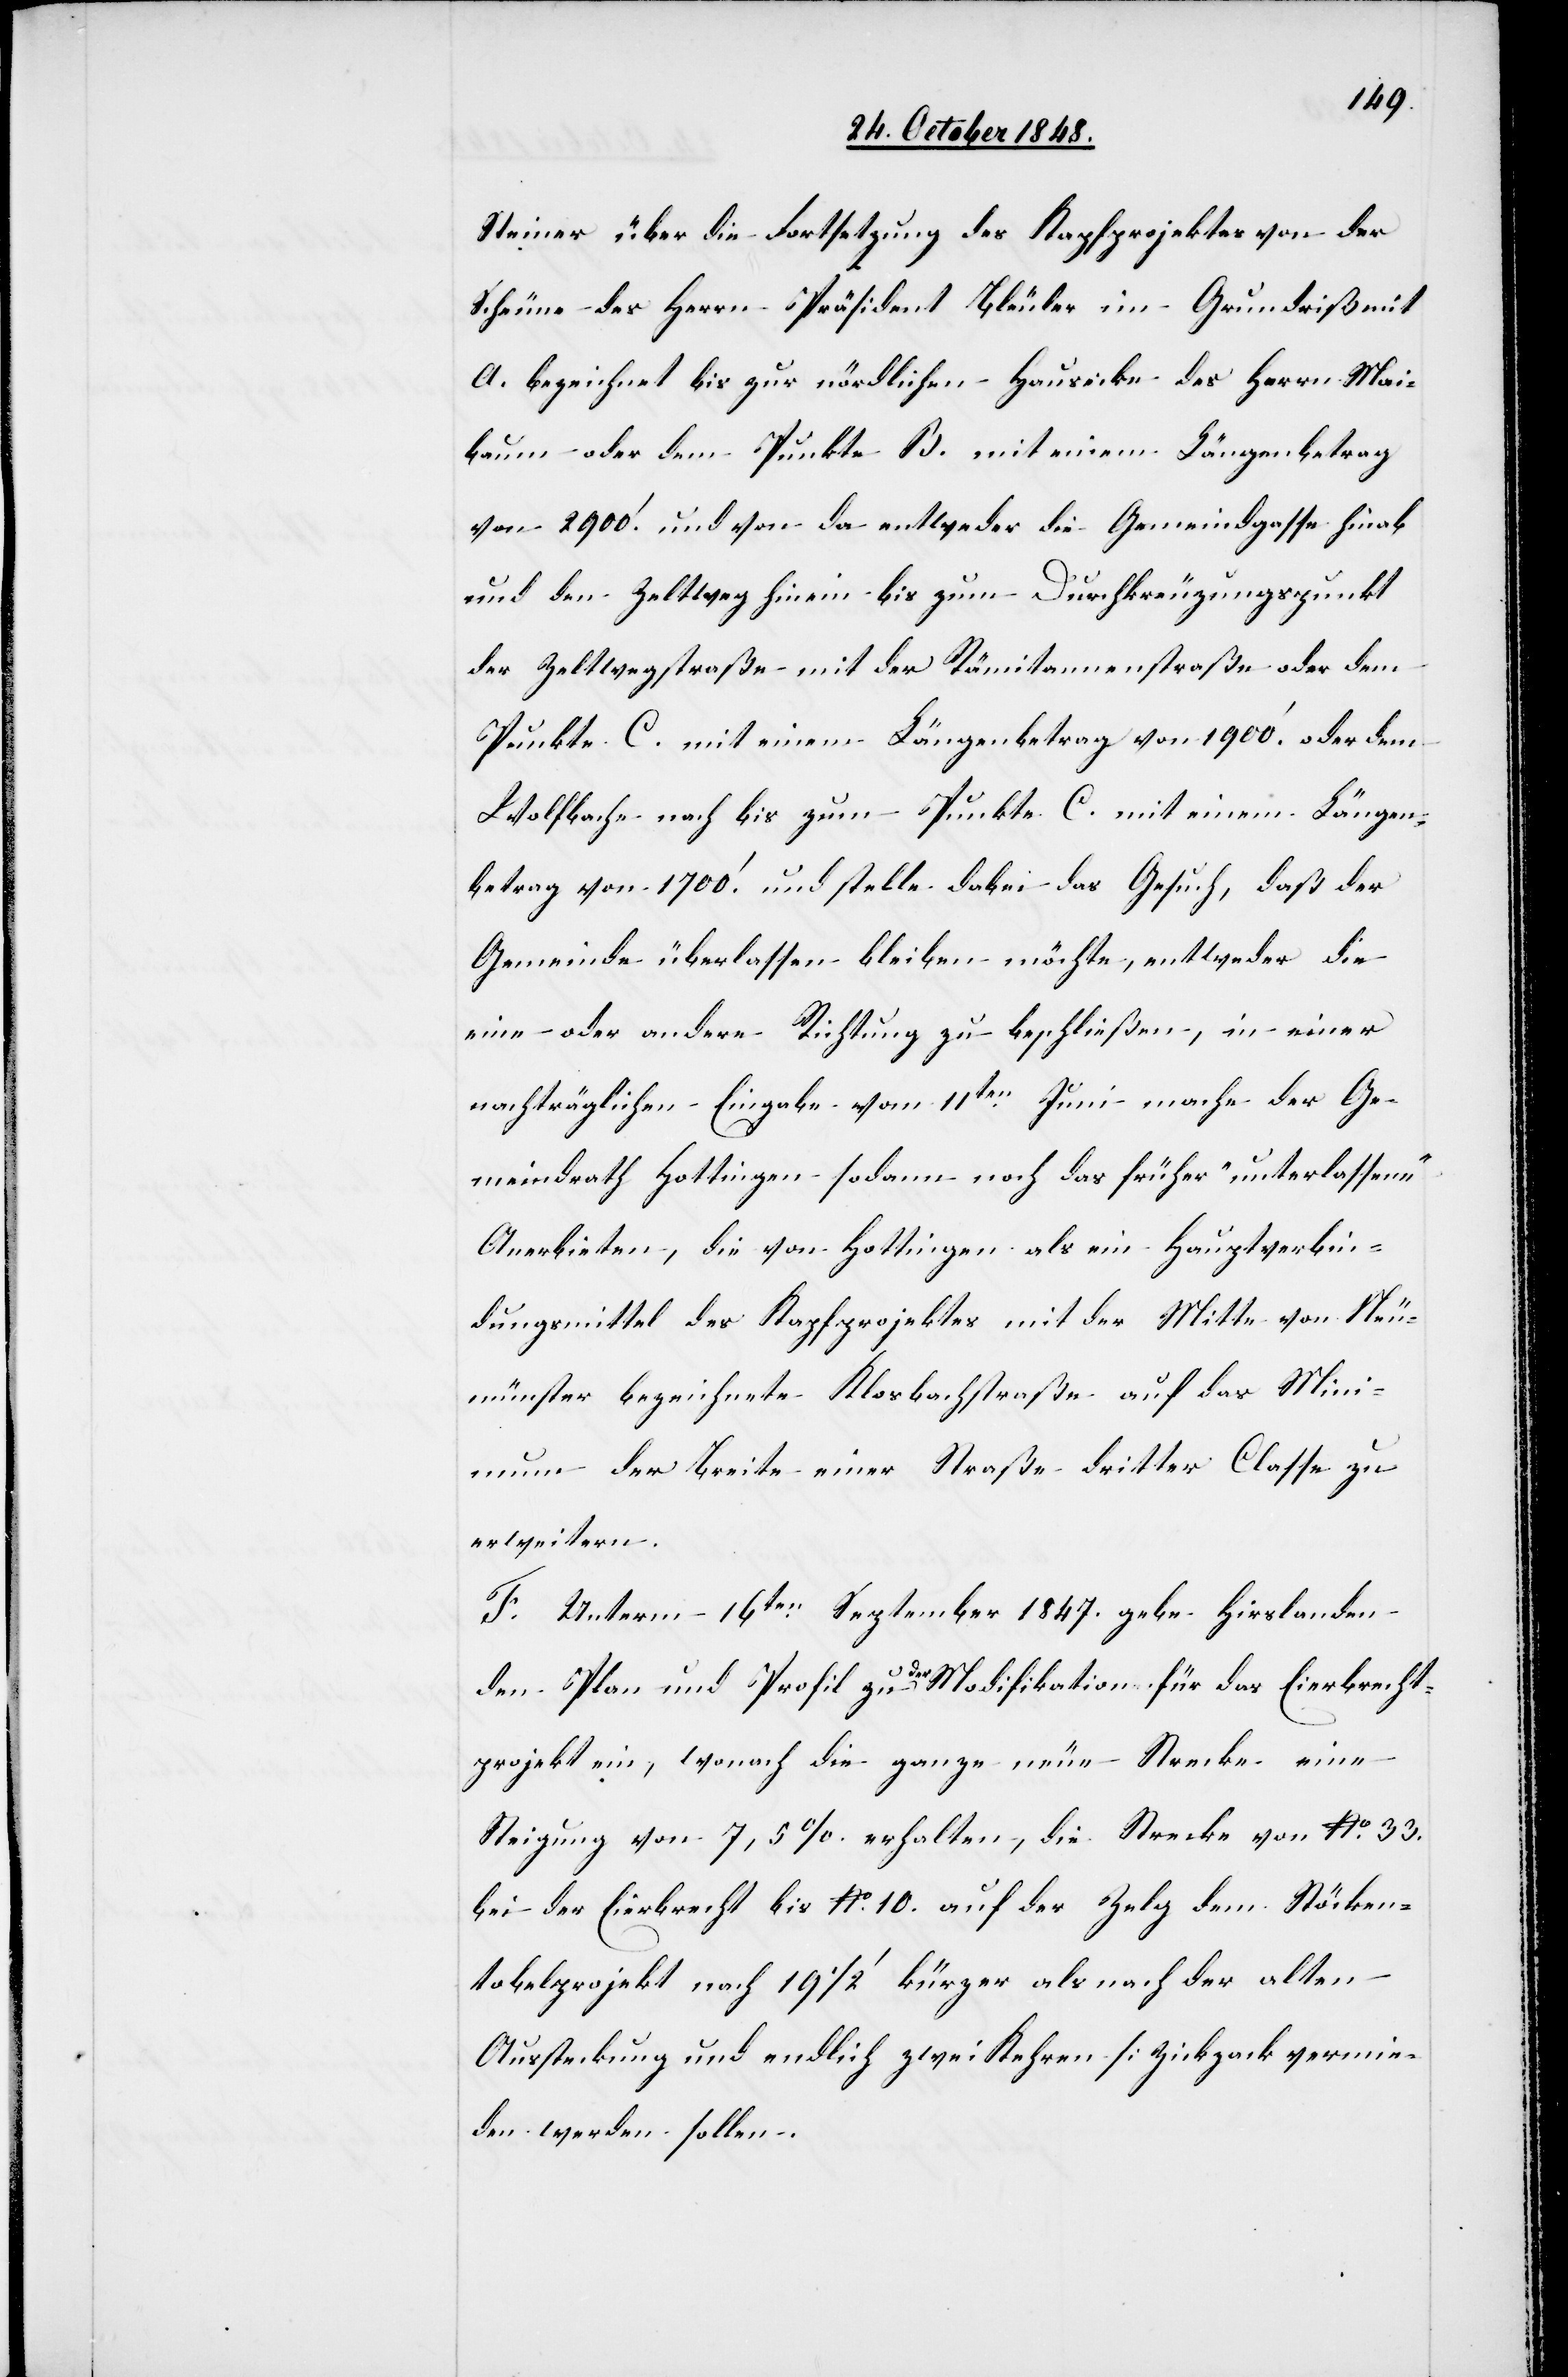
Steiner über die Fortsetzung des Kapfprojektes von der
Scheune des Herrn Präsident Bleuler im Grundriß mit
A. bezeichnet bis zur nördlichen Hausecke des Herrn Mai¬
baum oder dem Punkte B. mit einem Längenbetrag
von 2900.’ und von da entweder die Gemeindgasse hinab
und den Zeltweg hinein bis zum Durchkreuzungspunkt
der Zeltwegstraße mit der Rämitannenstraße oder dem
Punkte C. mit einem Längenbetrag von 1900.’ oder dem
Wolfbache nach bis zum Punkte C. mit einem Längen¬
betrag von 1700.’ und stelle dabei das Gesuch, daß der
Gemeinde überlassen bleiben möchte, entweder die
eine oder andere Richtung zu beschließen, in einer
nachträglichen Eingabe vom 11ten Juni mache der Ge¬
meindrath Hottingen sodann noch das früher „unterlassene“
Anerbieten, die von Hottingen als ein Hauptverbin¬
dungsmittel des Kapfprojektes mit der Mitte von Neu¬
münster bezeichnete Klosbachstraße auf das Mini¬
mum der Breite einer Straße dritter Classe zu
erweitern.
F. Unterm 16ten September 1847. gebe Hirslanden
den Plan und Profil zu der Modifikation für das Eierbrecht¬
projekt ein, wonach die ganze neue Strecke eine
Steigung von 7,5% erhalten, die Strecke von No 33.
bei der Eierbrecht bis No 10. auf der Zelg dem Stöcken¬
tobelprojekt nach 191/2’ kürzer als nach der alten
Aussteckung und endlich zwei Kehren [Zickzack[]] vermie¬
den werden sollen.